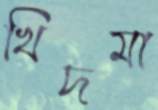
খিদমা